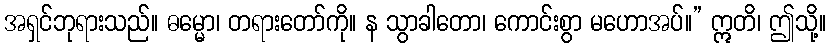
အရှင်ဘုရားသည်။ ဓမ္မော၊ တရားတော်ကို။ န သွာခါတော၊ ကောင်းစွာ မဟောအပ်။” ဣတိ၊ ဤသို့။